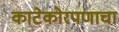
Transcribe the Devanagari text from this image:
काटेकोरपणाचा